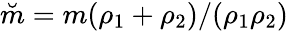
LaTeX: \breve{m}=m(\rho_{1}+\rho_{2})/(\rho_{1}\rho_{2})